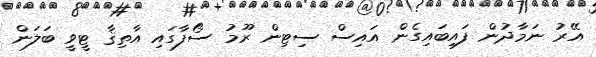
އޭރު ނަމާދުން ފައިބައިގެން އައިސް ސިޓިން ރޫމު ސޯފާގައި އާތިޤާ ޓީވީ ބަލަން